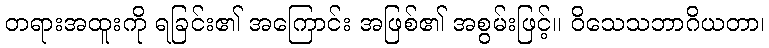
တရားအထူးကို ရခြင်း၏ အကြောင်း အဖြစ်၏ အစွမ်းဖြင့်။ ဝိသေသဘာဂိယတာ၊